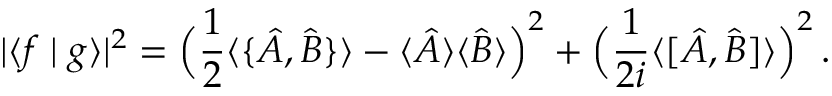
| \langle f \mid g \rangle | ^ { 2 } = { \Big ( } { \frac { 1 } { 2 } } \langle \{ { \hat { A } } , { \hat { B } } \} \rangle - \langle { \hat { A } } \rangle \langle { \hat { B } } \rangle { \Big ) } ^ { 2 } + { \Big ( } { \frac { 1 } { 2 i } } \langle [ { \hat { A } } , { \hat { B } } ] \rangle { \Big ) } ^ { 2 } \, .